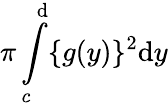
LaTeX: \pi\int\limits_{c}^{\mathrm{d}}\{ g(y)\} ^{2}\mathrm{d}y